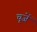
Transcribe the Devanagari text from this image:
चूजें